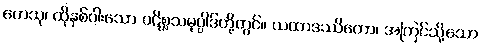
တေသု၊ ထိုနှစ်ပါးသော ပဋိစ္စသမုပ္ပါဒ်တို့တွင်။ ယထာဒဿိတော၊ အကြင်သို့သော